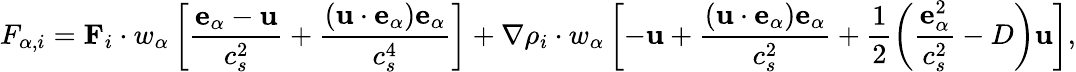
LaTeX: F_{\alpha,i}=\mathbf{F}_{i}\cdot w_{\alpha}\left[\frac{\mathbf{e}_{\alpha}-\mathbf{u}}{c_{s}^{2}}+\frac{\left(\mathbf{u}\cdot\mathbf{e}_{\alpha}\right)\mathbf{e}_{\alpha}}{c_{s}^{4}}\right]+\nabla\rho_{i}\cdot w_{\alpha}\left[-\mathbf{u}+\frac{\left(\mathbf{u}\cdot\mathbf{e}_{\alpha}\right)\mathbf{e}_{\alpha}}{c_{s}^{2}}+\frac{1}{2}\left(\frac{\mathbf{e}_{\alpha}^{2}}{c_{s}^{2}}-D\right)\mathbf{u}\right],